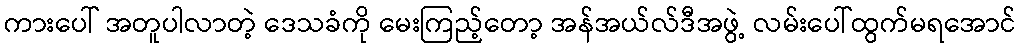
ကားပေါ် အတူပါလာတဲ့ ဒေသခံကို မေးကြည့်တော့ အန်အယ်လ်ဒီအဖွဲ့ လမ်းပေါ်ထွက်မရအောင်